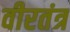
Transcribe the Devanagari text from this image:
वीरतंत्र